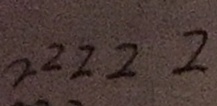
2 2 2 2 2